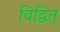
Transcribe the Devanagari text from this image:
विद्वित्